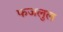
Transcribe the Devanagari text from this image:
फजलुल